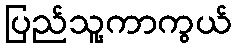
ပြည်သူ့ကာကွယ်